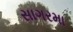
સાગરમા